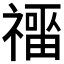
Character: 𰨑